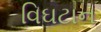
વિઘટાન